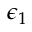
\epsilon _ { 1 }